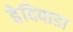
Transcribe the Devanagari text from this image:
हेदिपाडा